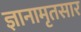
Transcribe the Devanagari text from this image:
ज्ञानामृतसार